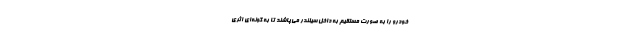
خودرو را به صورت مستقیم به داخل سیلندر می‌پاشند تا به گونه‌ای اثری